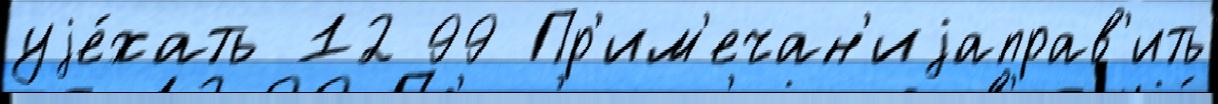
уjе́хать 12 99 Пр'им'ечан'иjаправ'ить